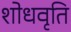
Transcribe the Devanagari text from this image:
शोधवृति